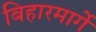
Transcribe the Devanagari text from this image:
बिहारमार्गे